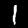
Label: 1